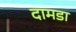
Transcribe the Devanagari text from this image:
दामडा